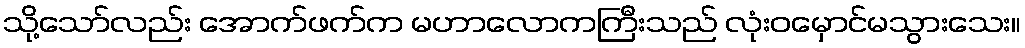
သို့သော်လည်း အောက်ဖက်က မဟာလောကကြီးသည် လုံးဝမှောင်မသွားသေး။